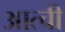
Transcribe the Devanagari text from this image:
आत्ची